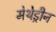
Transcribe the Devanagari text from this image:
मेथेड्रीन